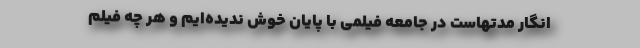
انگار مدتهاست در جامعه فیلمی با پایان خوش ندیده‌ایم و هر چه فیلم